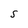
Character: S